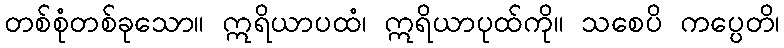
တစ်စုံတစ်ခုသော။ ဣရိယာပထံ၊ ဣရိယာပုထ်ကို။ သစေပိ ကပ္ပေတိ၊